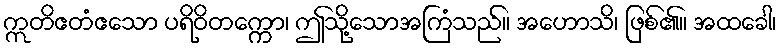
ဣတိဧတံဧသော ပရိဝိတက္ကော၊ ဤသို့သောအကြံသည်။ အဟောသိ၊ ဖြစ်၏။ အထခေါ၊